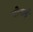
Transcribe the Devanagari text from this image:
चोथाई